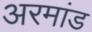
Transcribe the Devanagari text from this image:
अरमांड